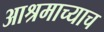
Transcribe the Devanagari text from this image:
आश्रमाच्याच